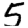
Digit: 5